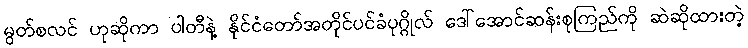
မွတ်စလင် ဟုဆိုကာ ပါတီနဲ့ နိုင်ငံတော်အတိုင်ပင်ခံပုဂ္ဂိုလ် ဒေါ်အောင်ဆန်းစုကြည်ကို ဆဲဆိုထားတဲ့